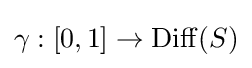
\gamma :[0,1]\to \operatorname {Diff} (S)